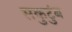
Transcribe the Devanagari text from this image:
सकुटुंब